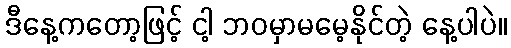
ဒီနေ့ကတော့ဖြင့် ငါ့ ဘဝမှာမမေ့နိုင်တဲ့ နေ့ပါပဲ။